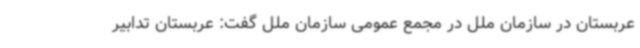
عربستان در سازمان ملل در مجمع عمومی سازمان ملل گفت: عربستان تدابیر